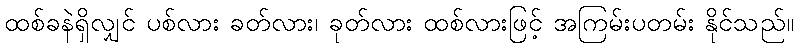
ထစ်ခနဲရှိလျှင် ပစ်လား ခတ်လား၊ ခုတ်လား ထစ်လားဖြင့် အကြမ်းပတမ်း နိုင်သည်။